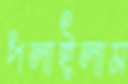
পলাইলাম